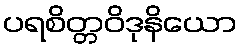
ပရစိတ္တဝိဒုနိယော